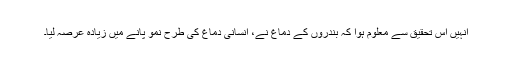
انہیں اس تحقیق سے معلوم ہوا کہ بندروں کے دماغ نے، انسانی دماغ کی طرح نمو پانے میں زیادہ عرصہ لیا۔